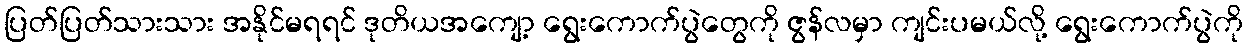
ပြတ်ပြတ်သားသား အနိုင်မရရင် ဒုတိယအကျော့ ရွေးကောက်ပွဲတွေကို ဇွန်လမှာ ကျင်းပမယ်လို့ ရွေးကောက်ပွဲကို